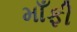
માઁફી